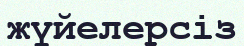
жүйелерсіз